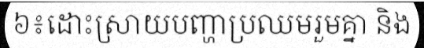
៦៖ដោះស្រាយបញ្ហាប្រឈមរួមគ្នា និង